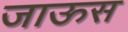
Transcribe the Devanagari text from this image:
जाऊस